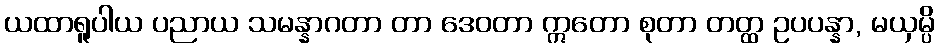
ယထာရူပါယ ပညာယ သမန္နာဂတာ တာ ဒေဝတာ ဣတော စုတာ တတ္ထ ဥပပန္နာ, မယှမ္ပိ